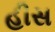
હીસ